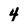
Character: 4